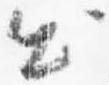
出